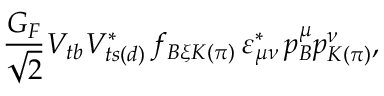
{ \frac { G _ { F } } { \sqrt { 2 } } } V _ { t b } V _ { t s ( d ) } ^ { * } \, f _ { B \xi K ( \pi ) } \, \varepsilon _ { \mu \nu } ^ { * } \, p _ { B } ^ { \mu } p _ { K ( \pi ) } ^ { \nu } ,